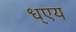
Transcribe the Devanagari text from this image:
ध्एय